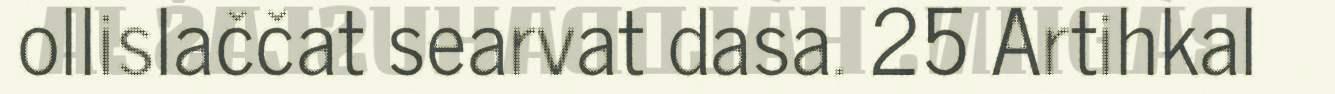
ollislaččat searvat dasa. 25 Artihkal